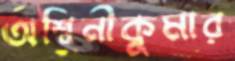
অশ্বিনীকুমার